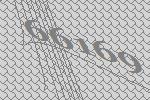
66169